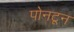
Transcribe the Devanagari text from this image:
पोनटून